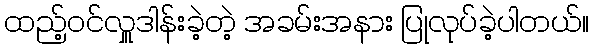
ထည့်ဝင်လှူဒါန်းခဲ့တဲ့ အခမ်းအနား ပြုလုပ်ခဲ့ပါတယ်။